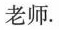
老师。